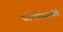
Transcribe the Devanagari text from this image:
श्रीभीमस्वामींचे